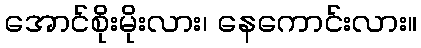
အောင်စိုးမိုးလား၊ နေကောင်းလား။